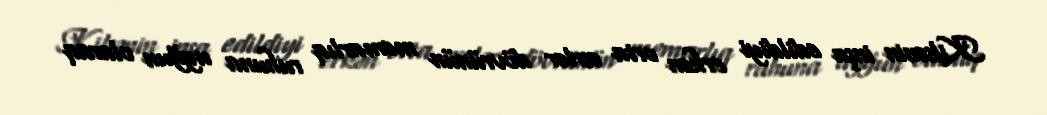
Kilsənin inşa edildiyi erkən orta əsrlər dövrünün memarlıq ruhuna uyğun olaraq